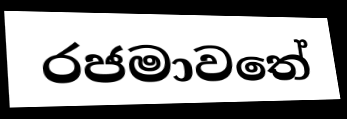
රජමාවතේ